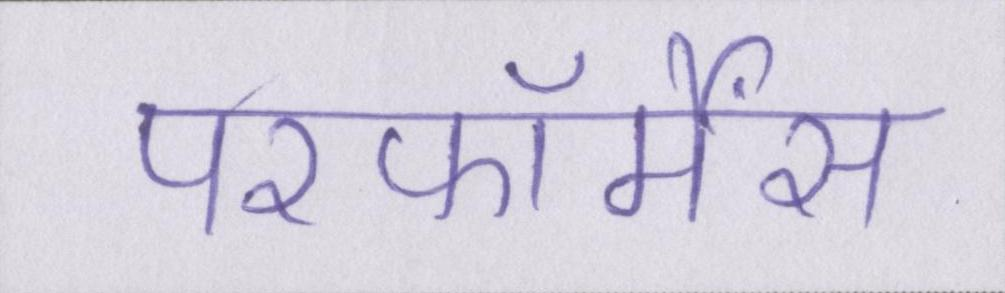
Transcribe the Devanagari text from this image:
परफॉर्मेंस